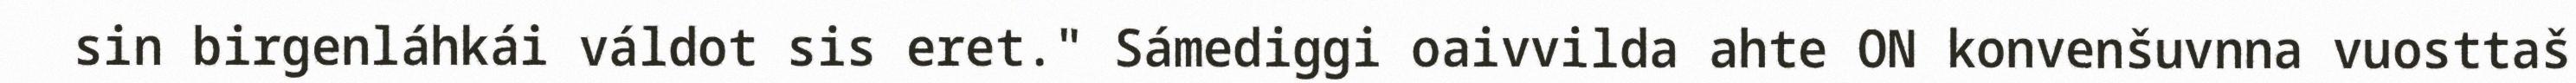
sin birgenláhkái váldot sis eret." Sámediggi oaivvilda ahte ON konvenšuvnna vuosttaš